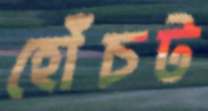
হোঁচট